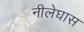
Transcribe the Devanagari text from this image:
नीलेघास